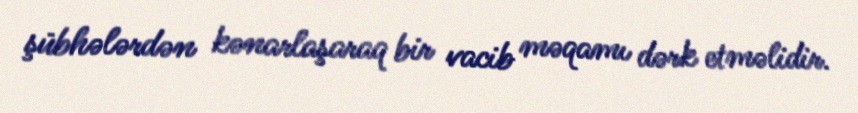
şübhələrdən kənarlaşaraq bir vacib məqamı dərk etməlidir.